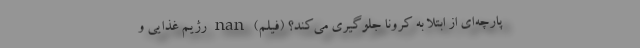
پارچه‌ای از ابتلا به کرونا جلوگیری می‌کند؟ (فیلم) nan رژیم غذایی و